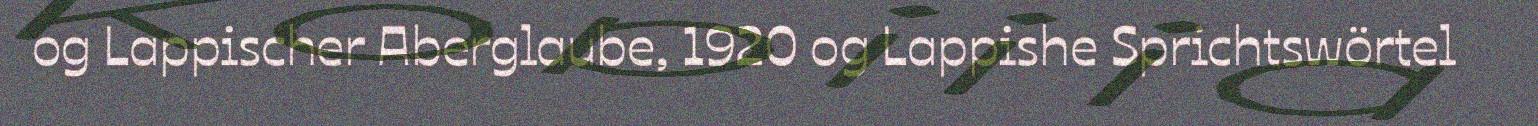
og Lappischer Aberglaube, 1920 og Lappishe Sprichtswörtel